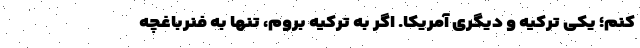
کنم؛ یکی ترکیه و دیگری آمریکا. اگر به ترکیه بروم، تنها به فنرباغچه